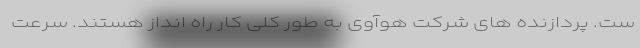
ست. پردازنده های شرکت هوآوی به طور کلی کار راه انداز هستند. سرعت